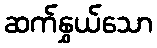
ဆက်နွှယ်သော